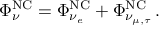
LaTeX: \Phi _ { \nu } ^ { \mathrm { N C } } = \Phi _ { \nu _ { e } } ^ { \mathrm { N C } } + \Phi _ { \nu _ { \mu , \tau } } ^ { \mathrm { N C } } \, .